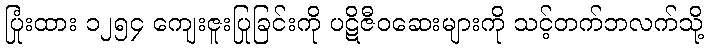
ပြုံးထား ၁၂၅၄ ကျေးဇူးပြုခြင်းကို ပဋိဇီဝဆေးများကို သင့်တက်ဘလက်သို့